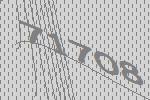
71708